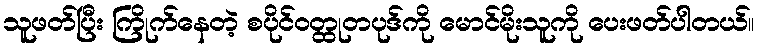
သူဖတ်ပြီး ကြိုက်နေတဲ့ စပိုင်ဝတ္ထုတပုဒ်ကို မောင်မိုးသူကို ပေးဖတ်ပါတယ်။